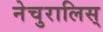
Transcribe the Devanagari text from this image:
नेचुरालिस्